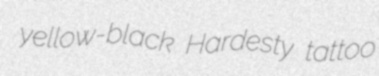
yellow-black Hardesty tattoo